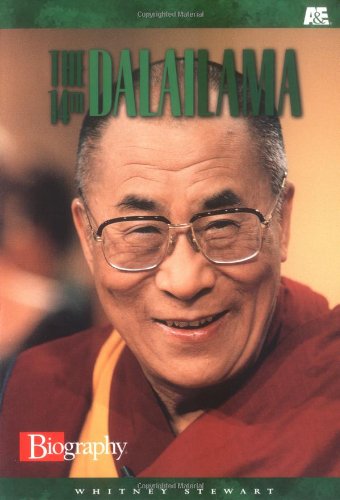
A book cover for The 14th Dalai Lama (A & E Biography (Lerner Paperback)); Whitney Stewart; Children's Books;